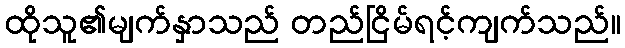
ထိုသူ၏မျက်နှာသည် တည်ငြိမ်ရင့်ကျက်သည်။